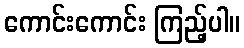
ကောင်းကောင်း ကြည့်ပါ။